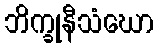
ဘိက္ခုနီသံဃော